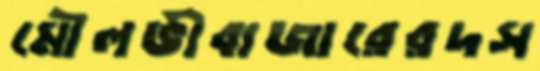
মৌলভীবাজারেরদস